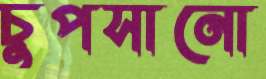
চুপসানো